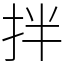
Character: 拌